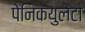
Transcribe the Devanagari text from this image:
पेनिकयुलेटा